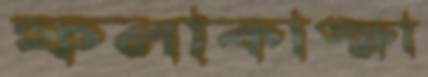
ফলাকাঙ্ক্ষা